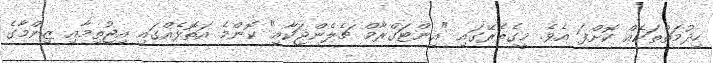
ހިދުމަތްތަކެއް ކޮށްފަ އެވެ. މީގެތެރޭގައި "އިންޓަގްރާމް ޗެލެންޖަކާއި" ކޮންމެ އަތޮޅެއްގައި އިޖުތިމާއި ޒިންމާގެ